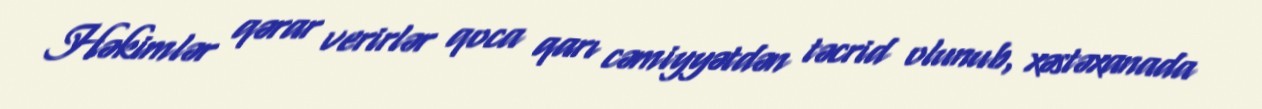
Həkimlər qərar verirlər qoca qarı cəmiyyətdən təcrid olunub, xəstəxanada